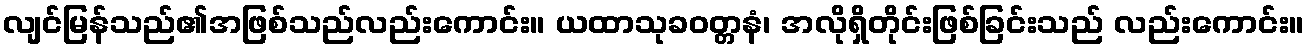
လျင်မြန်သည်၏အဖြစ်သည်လည်းကောင်း။ ယထာသုခဝတ္တနံ၊ အလိုရှိတိုင်းဖြစ်ခြင်းသည် လည်းကောင်း။